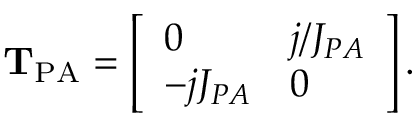
\mathrm { \mathbf { T } _ { P A } } = \left[ \begin{array} { l l } { 0 } & { j / J _ { P A } } \\ { - j J _ { P A } } & { 0 } \end{array} \right] .